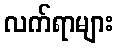
လက်ရာများ